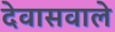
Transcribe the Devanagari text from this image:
देवासवाले